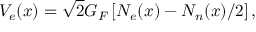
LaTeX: V _ { e } ( x ) = \sqrt { 2 } G _ { F } \left[ N _ { e } ( x ) - N _ { n } ( x ) / 2 \right] ,